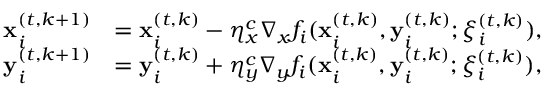
\begin{array} { r l } { { \mathbf { x } _ { i } ^ { ( t , k + 1 ) } } } & { = { \mathbf { x } _ { i } ^ { ( t , k ) } } - \eta _ { x } ^ { c } \nabla _ { x } f _ { i } ( { \mathbf { x } _ { i } ^ { ( t , k ) } } , { \mathbf { y } _ { i } ^ { ( t , k ) } } ; { \xi _ { i } ^ { ( t , k ) } } ) , } \\ { { \mathbf { y } _ { i } ^ { ( t , k + 1 ) } } } & { = { \mathbf { y } _ { i } ^ { ( t , k ) } } + \eta _ { y } ^ { c } \nabla _ { y } f _ { i } ( { \mathbf { x } _ { i } ^ { ( t , k ) } } , { \mathbf { y } _ { i } ^ { ( t , k ) } } ; { \xi _ { i } ^ { ( t , k ) } } ) , } \end{array}